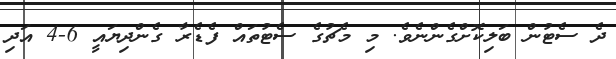
ދެ ސެޓުން ބަލިކޮށްގެންނެވެ. މި މެޗުގެ ސެޓުތައް ފެޑެރާ ގެންދިޔައީ 6-4 އަދި